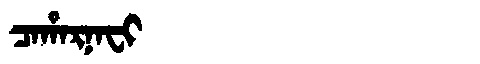
Manchu: ᠴᠠᡥᠠᡵᠨᠠᠸᡳ
Romanization: CAHARNAFI